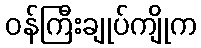
ဝန်ကြီးချုပ်ကျိုက